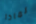
لماذا